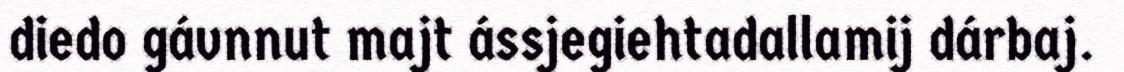
diedo gávnnut majt ássjegiehtadallamij dárbaj.